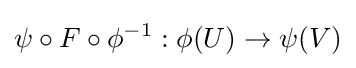
\psi \circ F\circ \phi ^{-1}:\phi (U)\to \psi (V)